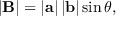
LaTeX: \left| \mathbf { B } \right| = \left| \mathbf { a } \right| \left| \mathbf { b } \right| \sin { \theta } ,